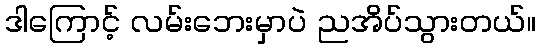
ဒါကြောင့် လမ်းဘေးမှာပဲ ညအိပ်သွားတယ်။